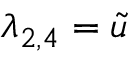
\lambda _ { 2 , 4 } = \tilde { u }